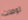
توصلت